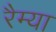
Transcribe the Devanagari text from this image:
रैम्या